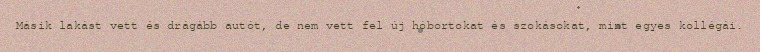
Másik lakást vett és drágább autót, de nem vett fel új hóbortokat és szokásokat, mint egyes kollégái.